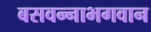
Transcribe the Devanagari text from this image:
बसवन्नाभगवान